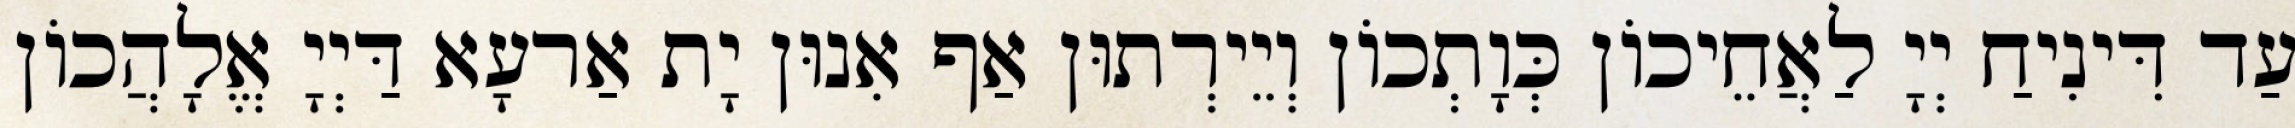
עַד דִּינִיחַ יְיָ לַאֲחֵיכוֹן כְּוָתְכוֹן וְיֵירְתוּן אַף אִנוּן יָת אַרעָא דַּיְיָ אֱלָהֲכוֹן